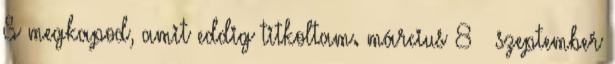
S megkapod, amit eddig titkoltam. március 8 ▼ szeptember